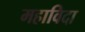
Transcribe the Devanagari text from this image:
महाविदा